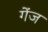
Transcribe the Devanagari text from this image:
गेंज